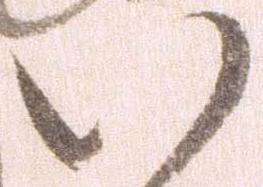
い